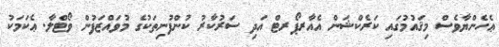
ޢެހެންޔާވެސް މިޤައުމުގައި ކަރެކްޝަން އެއާރޕޯރޓް އަދި ސަރުކާރު ކުންފުނިތަކުގެ މުވައްޒަފުން ވޯޓްލާ. ޢެކަމަކު